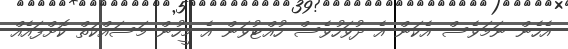
އެހެން ނަމަވެސް އެކަން އެ ދުވަހުވެސް ހުއްޓުވަން އެ މީހުން މަސައްކަތް ކޮށްފައެއް